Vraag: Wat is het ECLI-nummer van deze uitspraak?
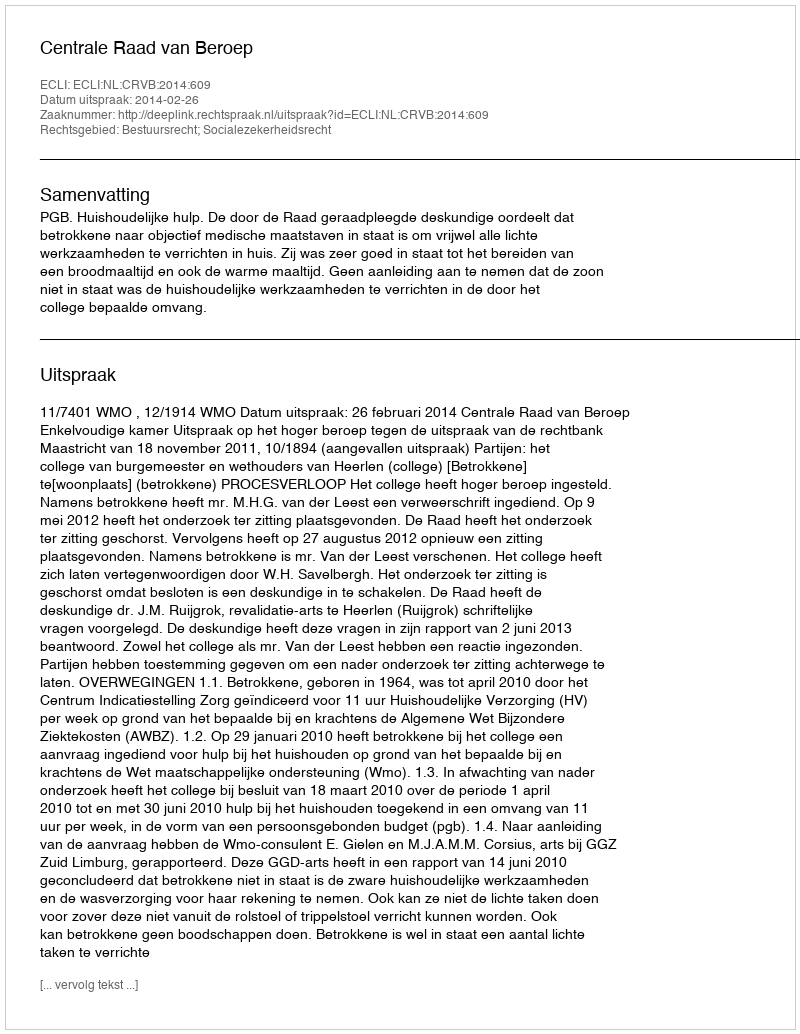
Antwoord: ECLI:NL:CRVB:2014:609